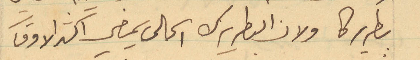
بطريركا ولان البطريرك الحالي يمضي اكثر الاوقات